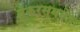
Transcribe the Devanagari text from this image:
बेकरसमवेत